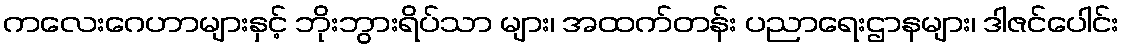
ကလေးဂေဟာများနှင့် ဘိုးဘွားရိပ်သာ များ၊ အထက်တန်း ပညာရေးဌာနများ၊ ဒါဇင်ပေါင်း